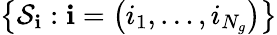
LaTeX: \left\{ {\mathcal S}_{\mathbf i}:{\mathbf i}=\left(i_{1},\ldots,i_{N_{g}}\right)\right\}